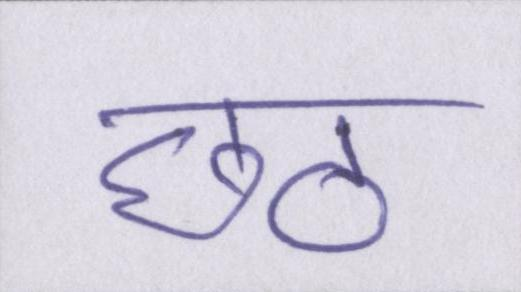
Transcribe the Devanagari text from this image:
छठ